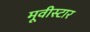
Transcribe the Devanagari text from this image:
मूवीस्टार